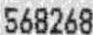
568268